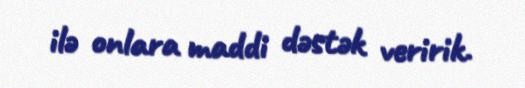
ilə onlara maddi dəstək veririk.